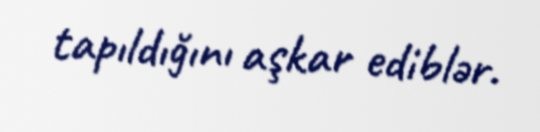
tapıldığını aşkar ediblər.